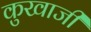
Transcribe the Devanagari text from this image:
कुखाजी